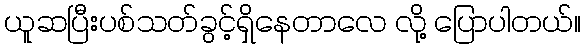
ယူဆပြီးပစ်သတ်ခွင့်ရှိနေတာလေ လို့ ပြောပါတယ်။